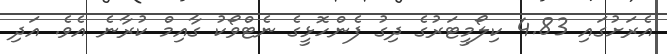
އެރަށުގައި 4.83 ކިލޯމީޓަރުގެ ދިގު ފެންހޮޅީގެ ނެޓްވޯކު ގާއިމް ކުރާނެ އެވެ. އަދި